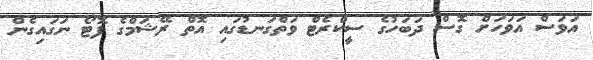
އަވަސް އަވަހަށް ގޮސް ދަބަހުގެ ސީކްރެޓް ވަތްގަނޑުގައި އޮތް ރޭޝަމްގެ ފޮޓޯ ނަގައިގެން